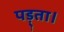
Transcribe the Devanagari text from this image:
पड़्ता।